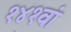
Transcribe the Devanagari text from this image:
१४१वां